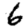
Digit: 6